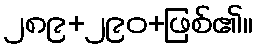
၂၈၉+၂၉၀+ဖြစ်၏။